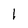
Character: l